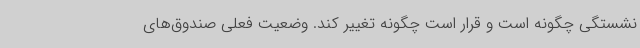
نشستگی چگونه است و قرار است چگونه تغییر کند. وضعیت فعلی صندوق‌های